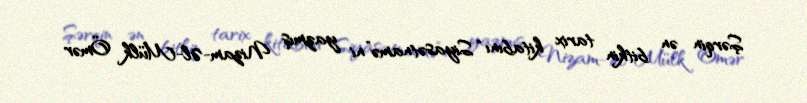
Şərqin ən bitkin tarix kitabını “Siyasətnamə”ni yazmış Nizam-Əl-Mülk Ömər